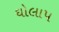
ઘોલાપ